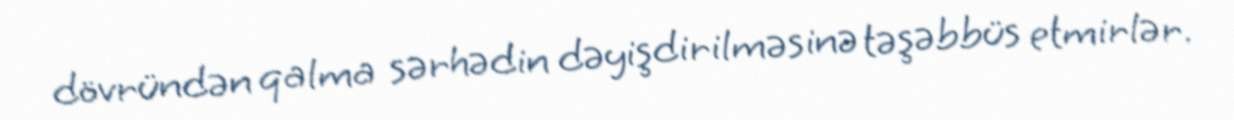
dövründən qalma sərhədin dəyişdirilməsinə təşəbbüs etmirlər.